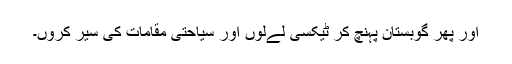
اور پھر گوبستان پہنچ کر ٹیکسی لےلوں اور سیاحتی مقامات کی سیر کروں۔